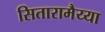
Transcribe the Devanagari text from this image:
सितारामैय्या